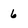
Character: 6